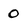
Character: 0